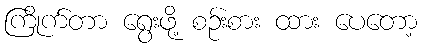
ကြိုက်တာ ရွေးဖို့ စဉ်းစား ထား ပေတော့